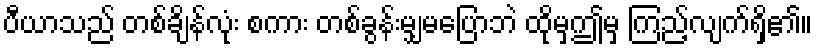
ပီယာသည် တစ်ချိန်လုံး စကား တစ်ခွန်းမျှမပြောဘဲ ထိုမှဤမှ ကြည့်လျက်ရှိ၏။